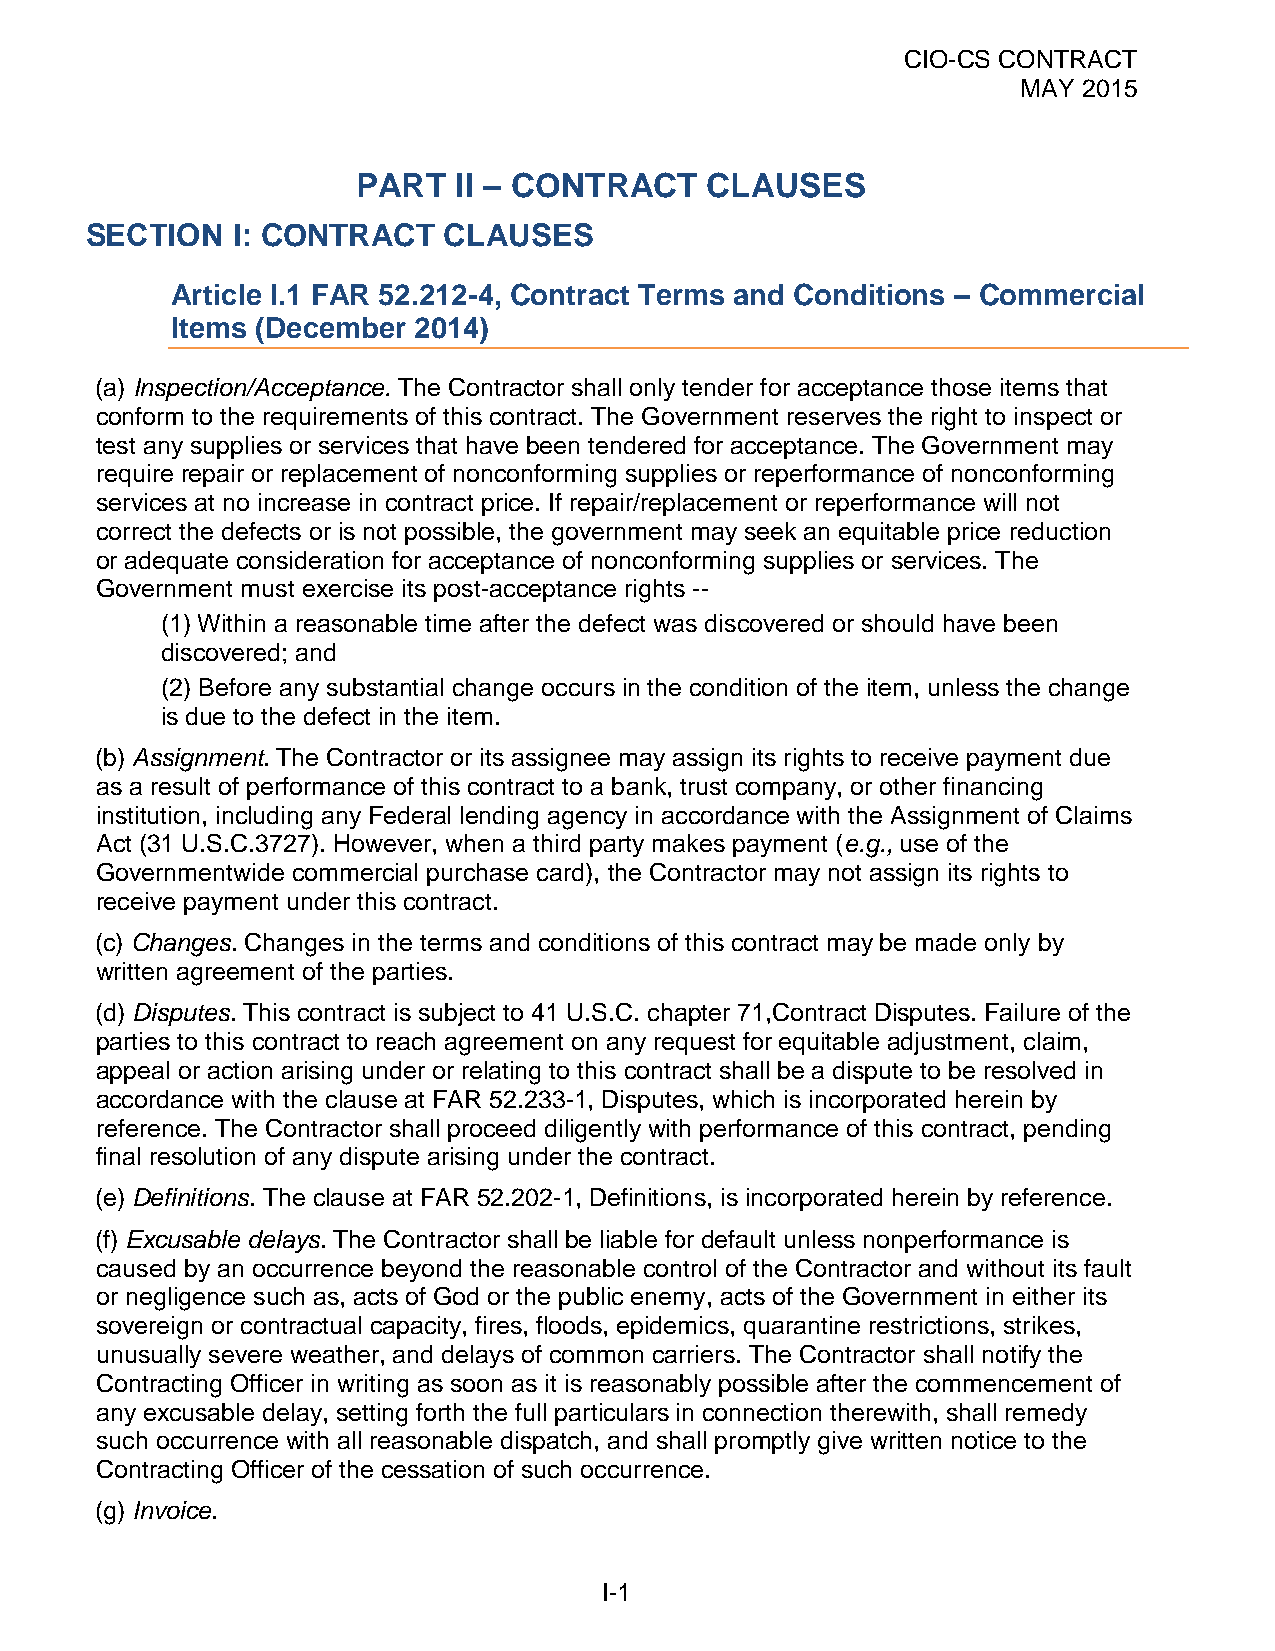
CIO-CS CONTRACT
 MAY 2015
 PART  II – CONTRACT    CLAUSES
 SECTION  I: CONTRACT   CLAUSES
 Article I.1 FAR 52.212-4, Contract Terms and Conditions – Commercial
 Items (December 2014)
 (a) Inspection/Acceptance. The Contractor shall only tender for acceptance those items that
 conform to the requirements of this contract. The Government reserves the right to inspect or
 test any supplies or services that have been tendered for acceptance. The Government may
 require repair or replacement of nonconforming supplies or reperformance of nonconforming
 services at no increase in contract price. If repair/replacement or reperformance will not
 correct the defects or is not possible, the government may seek an equitable price reduction
 or adequate consideration for acceptance of nonconforming supplies or services. The
 Government must exercise its post-acceptance rights --
 (1) Within a reasonable time after the defect was discovered or should have been
 discovered; and
 (2) Before any substantial change occurs in the condition of the item, unless the change
 is due to the defect in the item.
 (b) Assignment. The Contractor or its assignee may assign its rights to receive payment due
 as a result of performance of this contract to a bank, trust company, or other financing
 institution, including any Federal lending agency in accordance with the Assignment of Claims
 Act (31 U.S.C.3727). However, when a third party makes payment (e.g., use of the
 Governmentwide commercial purchase card), the Contractor may not assign its rights to
 receive payment under this contract.
 (c) Changes. Changes in the terms and conditions of this contract may be made only by
 written agreement of the parties.
 (d) Disputes. This contract is subject to 41 U.S.C. chapter 71,Contract Disputes. Failure of the
 parties to this contract to reach agreement on any request for equitable adjustment, claim,
 appeal or action arising under or relating to this contract shall be a dispute to be resolved in
 accordance with the clause at FAR 52.233-1, Disputes, which is incorporated herein by
 reference. The Contractor shall proceed diligently with performance of this contract, pending
 final resolution of any dispute arising under the contract.
 (e) Definitions. The clause at FAR 52.202-1, Definitions, is incorporated herein by reference.
 (f) Excusable delays. The Contractor shall be liable for default unless nonperformance is
 caused by an occurrence beyond the reasonable control of the Contractor and without its fault
 or negligence such as, acts of God or the public enemy, acts of the Government in either its
 sovereign or contractual capacity, fires, floods, epidemics, quarantine restrictions, strikes,
 unusually severe weather, and delays of common carriers. The Contractor shall notify the
 Contracting Officer in writing as soon as it is reasonably possible after the commencement of
 any excusable delay, setting forth the full particulars in connection therewith, shall remedy
 such occurrence with all reasonable dispatch, and shall promptly give written notice to the
 Contracting Officer of the cessation of such occurrence.
 (g) Invoice.
 I-1